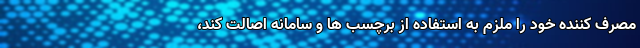
مصرف کننده خود را ملزم به استفاده از برچسب ها و سامانه اصالت کند،